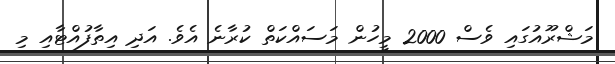
މަޝްރޫއުގައި ވެސް 2000 މީހުން މަސައްކަތް ކުރާނެ އެވެ. އަދި އިތާފުއްޓާއި މި